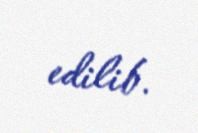
edilib.